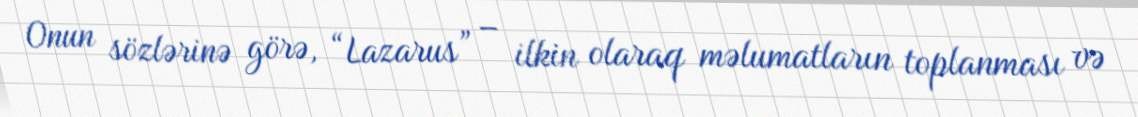
Onun sözlərinə görə, “Lazarus” – ilkin olaraq məlumatların toplanması və